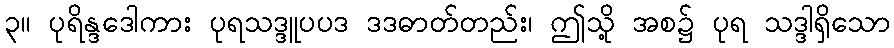
၃။ ပုရိန္ဒဒေါကား ပုရသဒ္ဒူပပဒ ဒဒဓာတ်တည်း၊ ဤသို့ အစ၌ ပုရ သဒ္ဒါရှိသော